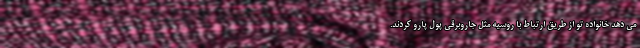
می دهد خانواده تو از طریق ارتباط با روسیه مثل جاروبرقی پول پارو کردند.